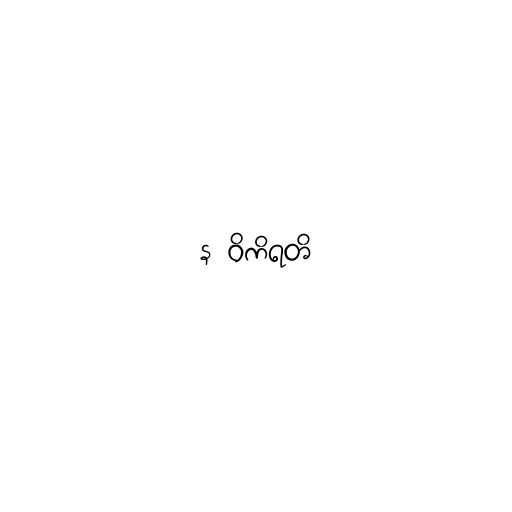
န ဝိကိရတိ